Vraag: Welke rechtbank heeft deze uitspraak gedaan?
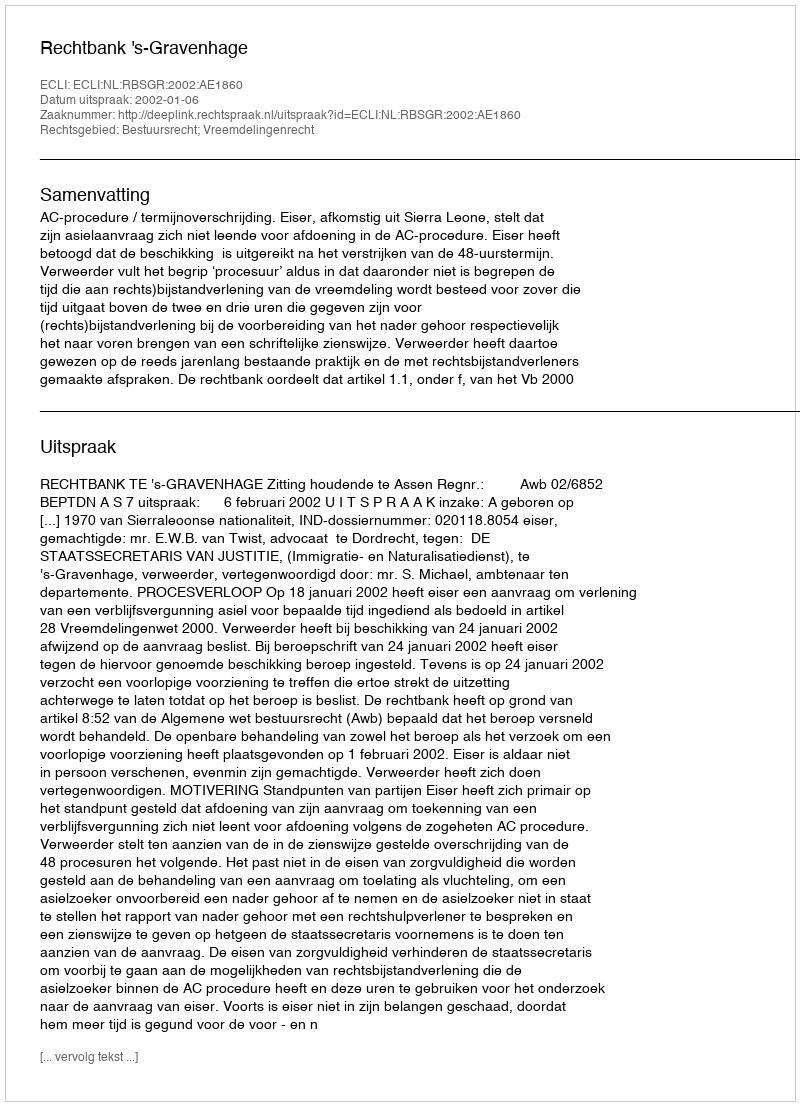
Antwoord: Rechtbank 's-Gravenhage